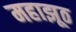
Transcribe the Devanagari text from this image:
महाझूठ